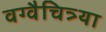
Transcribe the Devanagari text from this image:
वग्वैचित्र्या